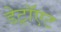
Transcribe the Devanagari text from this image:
डेट्रॉएट